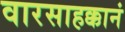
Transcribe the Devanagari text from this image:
वारसाहक्कानं